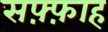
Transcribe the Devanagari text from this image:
सफ़्फ़ाह